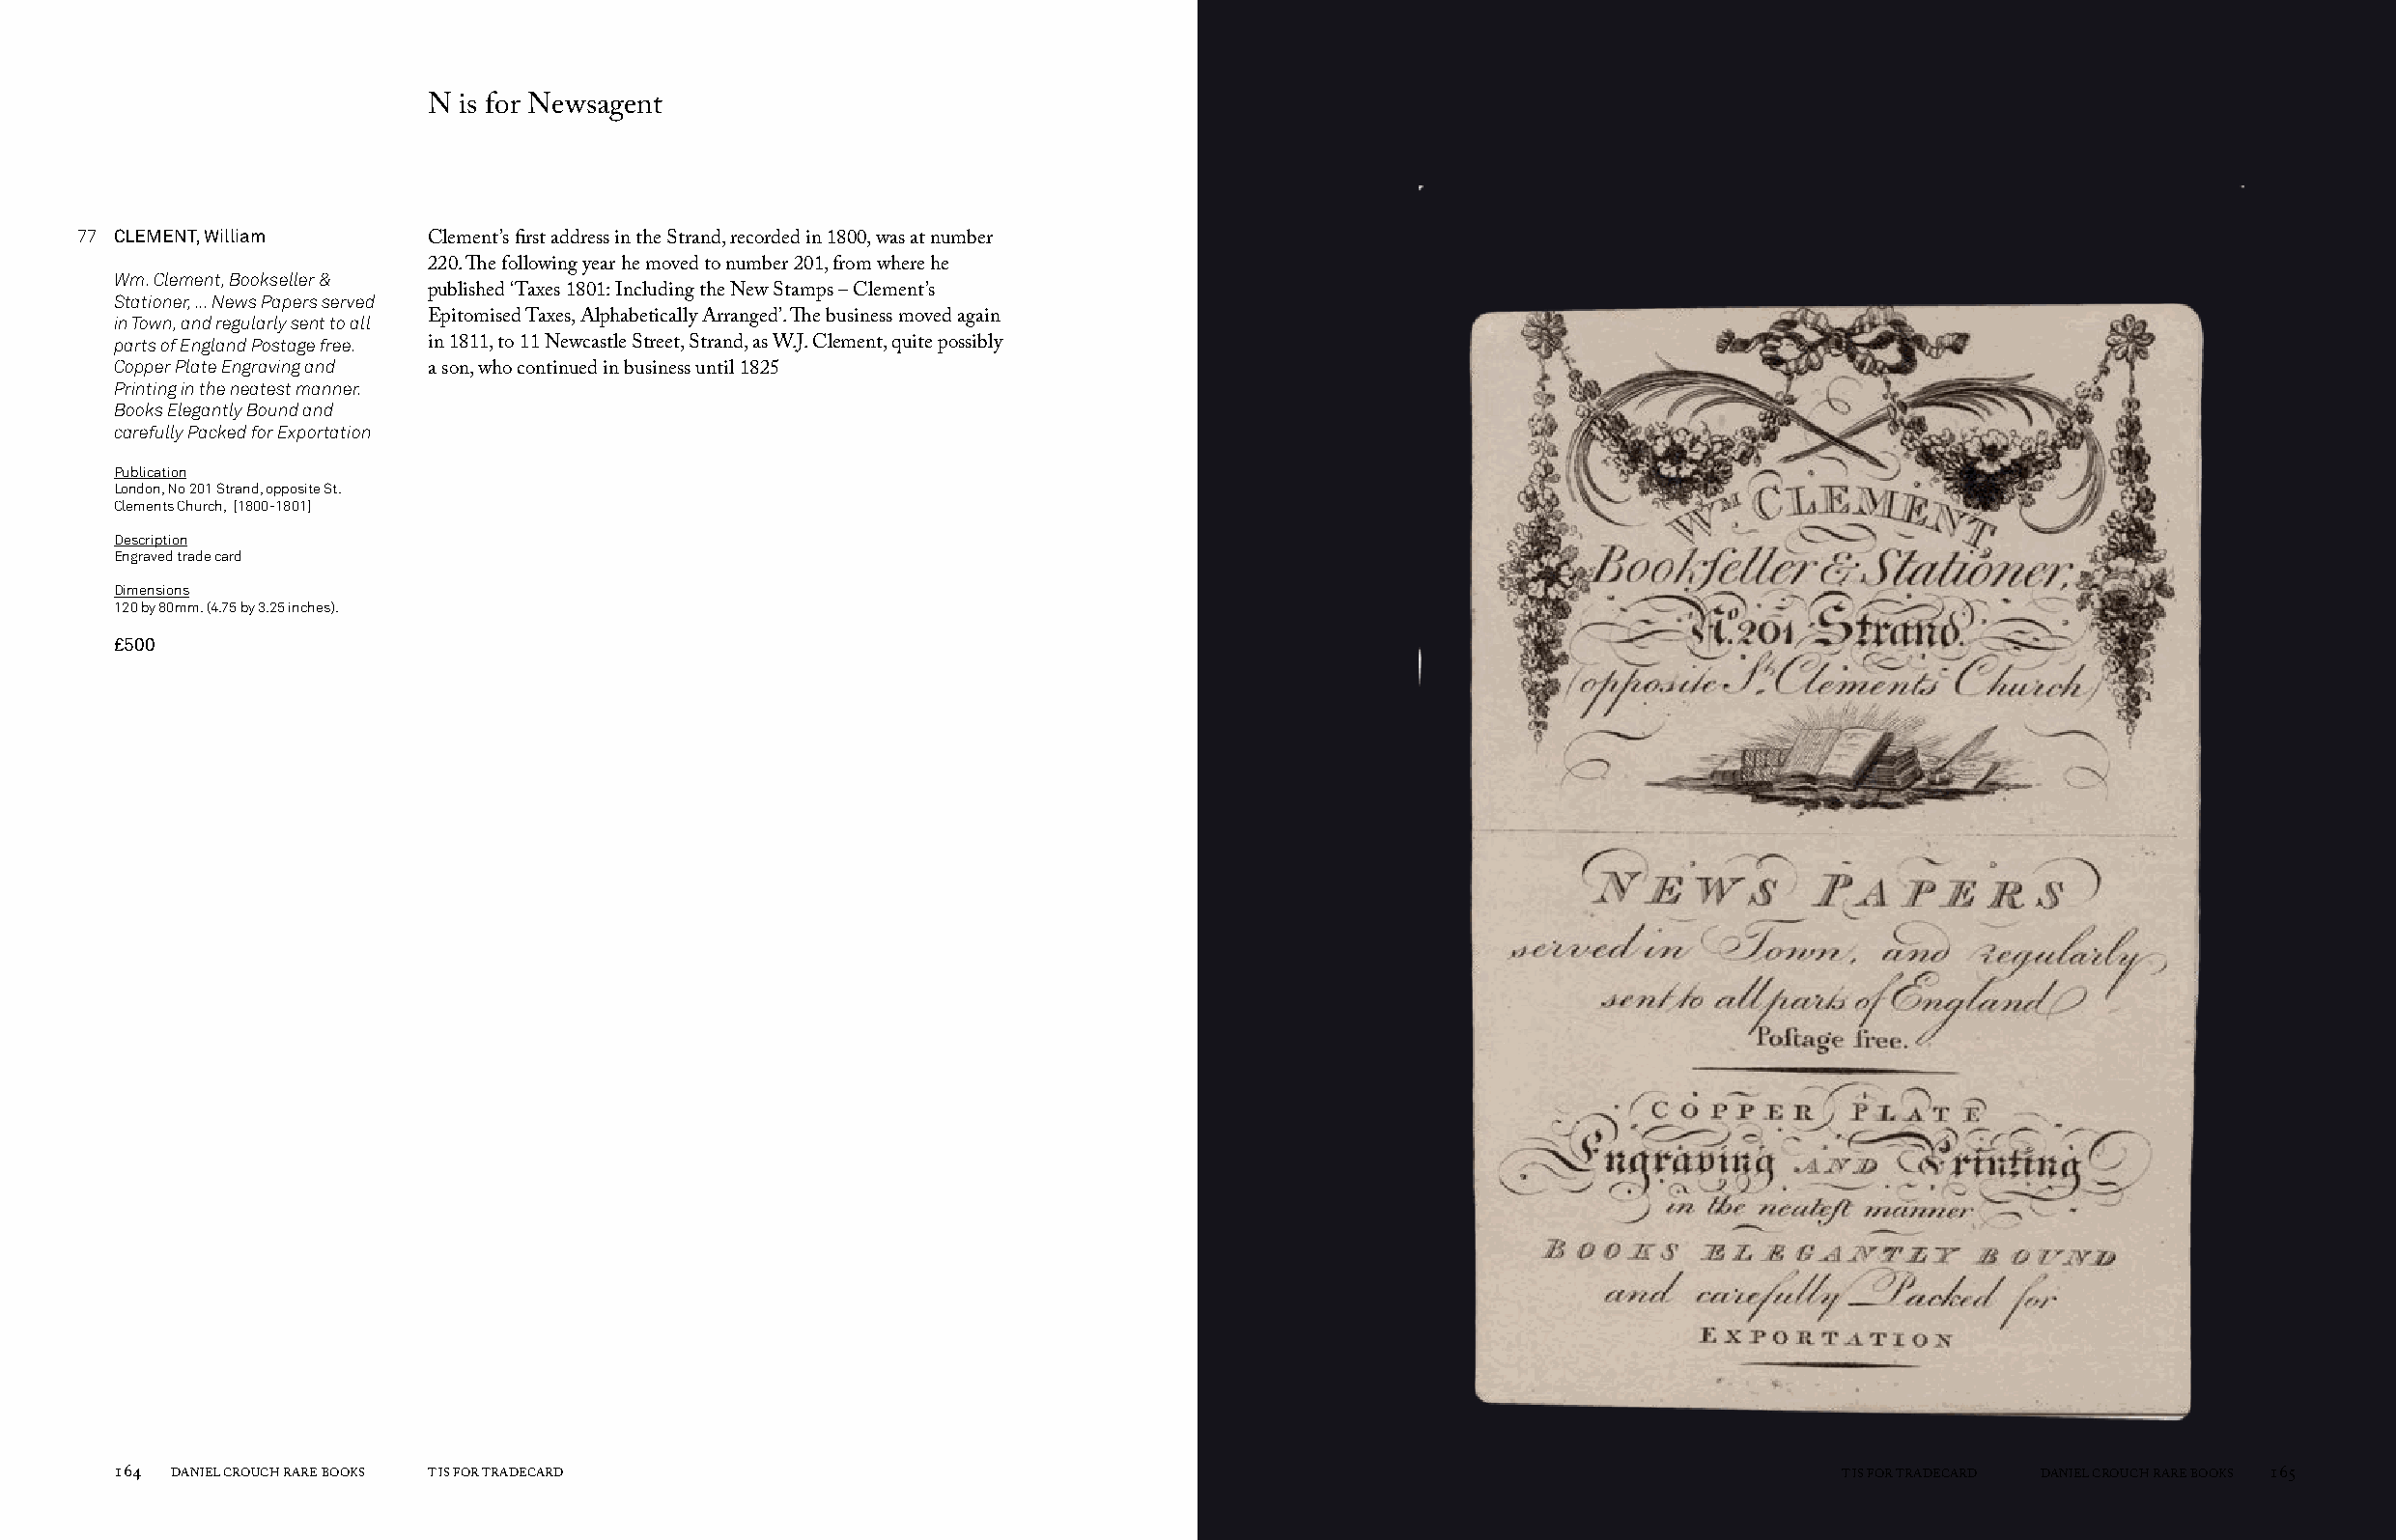
N is for Newsagent
 77 CLEMENT, William
 Clement’s first address in the Strand, recorded in 1800, was at number
 220. The following year he moved to number 201, from where he
 Wm. Clement, Bookseller &
 Stationer, ... News Papers served published ‘Taxes 1801: Including the New Stamps – Clement’s
 in Town, and regularly sent to all Epitomised Taxes, Alphabetically Arranged’. The business moved again
 parts of England Postage free. in 1811, to 11 Newcastle Street, Strand, as W.J. Clement, quite possibly
 Copper Plate Engraving and
 a son, who continued in business until 1825
 Printing in the neatest manner.
 Books Elegantly Bound and
 carefully Packed for Exportation
 Publication
 London, No 201 Strand, opposite St.
 Clements Church, [1800-1801]
 Description
 Engraved trade card
 Dimensions
 120 by 80mm. (4.75 by 3.25 inches).
 £500
 164 DANIEL CROUCH RARE BOOKS T IS FOR TRADECARD                                                                       T IS FOR TRADECARD DANIEL CROUCH RARE BOOKS 165